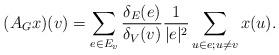
LaTeX: \begin{align*} (A_Gx)(v)=\sum\limits_{e\in E_v}\frac{\delta_E(e)}{\delta_V(v)}\frac{1}{|e|^2}\sum\limits_{u\in e;u\neq v}x(u).\end{align*}